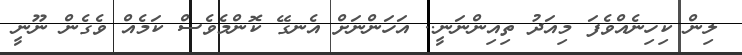
ލިން ކިހިނެއްވެފަ މިއަދު ތިއިންނަނީ.. އަހަންނަށް އެނގޭ ކޮންމެވެސް ކަމެއް ވެގެން ނޫނީ